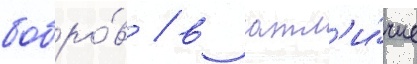
бобро́в / в отл'и́чие